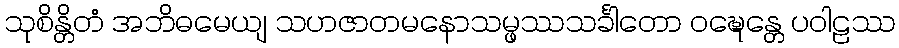
သုစိန္တိတံ အဘိဓမေယျ သဟဇာတမနောသမ္ဖဿသင်္ခါတော ဝဍ္ဎေန္တေ ပဝါဠဿ